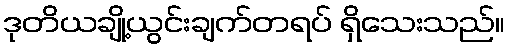
ဒုတိယချို့ယွင်းချက်တရပ် ရှိသေးသည်။